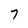
Character: 7